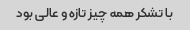
با تشکر همه چیز تازه و عالی بود